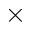
\times